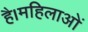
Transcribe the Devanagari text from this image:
है।महिलाओं